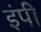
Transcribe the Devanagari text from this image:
इंपी